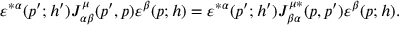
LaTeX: \varepsilon ^ { * \alpha } ( p ^ { \prime } ; h ^ { \prime } ) J _ { \alpha \beta } ^ { \mu } ( p ^ { \prime } , p ) \varepsilon ^ { \beta } ( p ; h ) = \varepsilon ^ { * \alpha } ( p ^ { \prime } ; h ^ { \prime } ) J _ { \beta \alpha } ^ { \mu * } ( p , p ^ { \prime } ) \varepsilon ^ { \beta } ( p ; h ) .